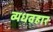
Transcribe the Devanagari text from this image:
व्यधवहार